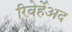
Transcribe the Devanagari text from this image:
रिवेर्हेअद